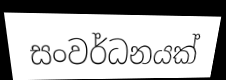
සංවර්ධනයක්